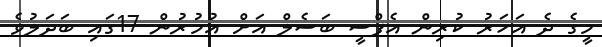
މީގެ ދެ އަހަރު ކުރިން އެފްސީ ބަސެލް އަށް އުމުރުން 17ގައި ބަދަލުވެ